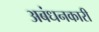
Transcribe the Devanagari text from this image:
अबंधनकारी